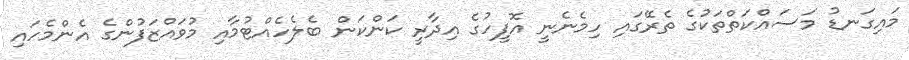
މައިގަނޑު މަސައްކަތްތަކުގެ ތެރޭގައި ހިމެނެނީ އޮފީހުގެ އިދާރީ ކަންކަން ބެލެހެއްޓުމާއި މުވައްޒަފުންގެ އެންމެހައި